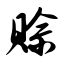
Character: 赊